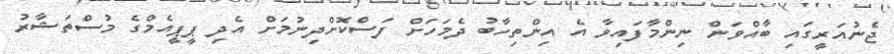
ޖެނުއަރީގައި ބާއްވަން ނިންމާފައިވާ އެ އިންތިހާބު ދެމަހަށް ފަސްކޮށްދިނުމަށް އެދި ޕީޕީއެމްގެ މުސްތަޝާރު